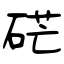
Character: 硭